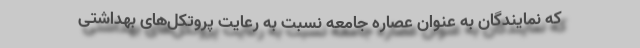
که نمایندگان به عنوان عصاره جامعه نسبت به رعایت پروتکل‌های بهداشتی